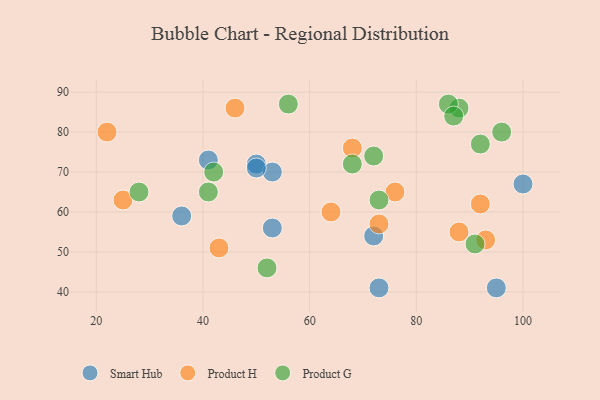
{"axis": {"x": "GDP", "y": "Life Expectancy"}, "legend": ["Product G", "Product H", "Smart Hub"], "data": [{"x": "50", "y": 72, "type": "Smart Hub"}, {"x": "53", "y": 56, "type": "Smart Hub"}, {"x": "72", "y": 54, "type": "Smart Hub"}, {"x": "100", "y": 67, "type": "Smart Hub"}, {"x": "95", "y": 41, "type": "Smart Hub"}, {"x": "53", "y": 70, "type": "Smart Hub"}, {"x": "41", "y": 73, "type": "Smart Hub"}, {"x": "73", "y": 41, "type": "Smart Hub"}, {"x": "36", "y": 59, "type": "Smart Hub"}, {"x": "50", "y": 71, "type": "Smart Hub"}, {"x": "68", "y": 76, "type": "Product H"}, {"x": "22", "y": 80, "type": "Product H"}, {"x": "64", "y": 60, "type": "Product H"}, {"x": "76", "y": 65, "type": "Product H"}, {"x": "73", "y": 57, "type": "Product H"}, {"x": "93", "y": 53, "type": "Product H"}, {"x": "46", "y": 86, "type": "Product H"}, {"x": "88", "y": 55, "type": "Product H"}, {"x": "43", "y": 51, "type": "Product H"}, {"x": "25", "y": 63, "type": "Product H"}, {"x": "92", "y": 62, "type": "Product H"}, {"x": "91", "y": 52, "type": "Product G"}, {"x": "96", "y": 80, "type": "Product G"}, {"x": "56", "y": 87, "type": "Product G"}, {"x": "52", "y": 46, "type": "Product G"}, {"x": "28", "y": 65, "type": "Product G"}, {"x": "88", "y": 86, "type": "Product G"}, {"x": "68", "y": 72, "type": "Product G"}, {"x": "73", "y": 63, "type": "Product G"}, {"x": "92", "y": 77, "type": "Product G"}, {"x": "86", "y": 87, "type": "Product G"}, {"x": "41", "y": 65, "type": "Product G"}, {"x": "87", "y": 84, "type": "Product G"}, {"x": "42", "y": 70, "type": "Product G"}, {"x": "72", "y": 74, "type": "Product G"}]}